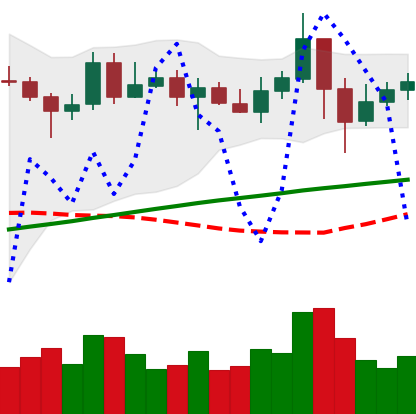
Ticker: LINK-USD
Chart end date: 2020-05-14
Forward return: 3.24%
Label: up_3_5